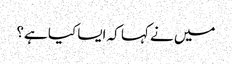
میں نے کہا کہ ایسا کیا ہے؟